Source: Computer-generated
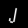
Digit: ၂ (2)